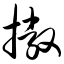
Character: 撇